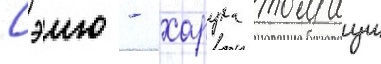
Сэию - харука томацу